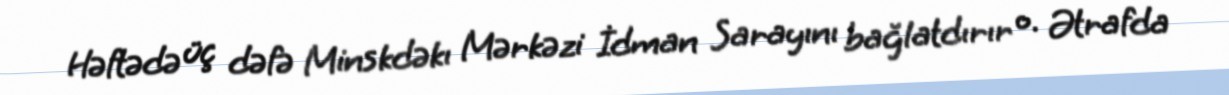
Həftədə üç dəfə Minskdəkı Mərkəzi İdman Sarayını bağlatdırır o. Ətrafda